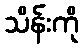
သိန်းကို